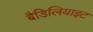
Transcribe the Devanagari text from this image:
बैडिलियाइट